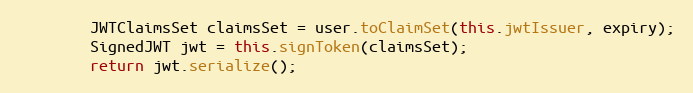
Language: Java
        JWTClaimsSet claimsSet = user.toClaimSet(this.jwtIssuer, expiry);
        SignedJWT jwt = this.signToken(claimsSet);
        return jwt.serialize();